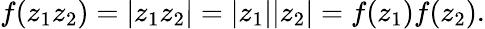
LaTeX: f(z_{1}z_{2})=|z_{1}z_{2}|=|z_{1}||z_{2}|=f(z_{1})f(z_{2}).